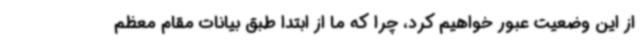
از این وضعیت عبور خواهیم کرد، چرا که ما از ابتدا طبق بیانات مقام معظم